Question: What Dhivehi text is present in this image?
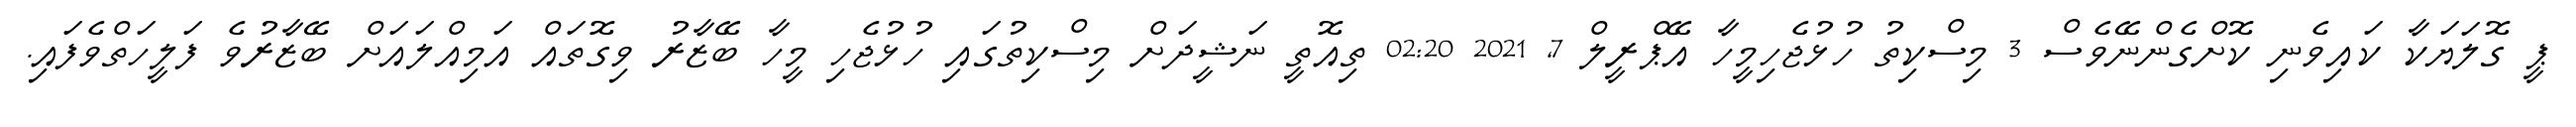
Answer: ޕީ ގޮލަޔަކާ ކައިވެނި ކޮށްގެންނޭވެސް 3 މިސްކިތު ހުޅުޖެހިމީހާ އޭޕްރީލް 7, 2021 02:20 ތިއޮތީ ނަޝީދަށް މިސްކިތުގައި ހުޅުޖެހި މީހާ ބޭޒާރު ވިގޮތައް އަމިއްލައަށް ބޭޒާރުވެ ފަލީހަތްވެފައި.